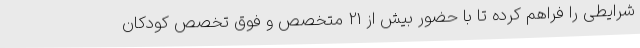
شرایطی را فراهم کرده تا با حضور بیش از 21 متخصص و فوق تخصص کودکان